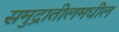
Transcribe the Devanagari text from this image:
समुद्रातीलमधील